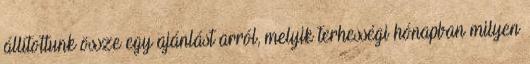
állítottunk össze egy ajánlást arról, melyik terhességi hónapban milyen